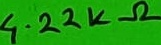
Text: 4.22KΩ